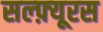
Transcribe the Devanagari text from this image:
सल्फ़्यूरस